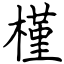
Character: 槿